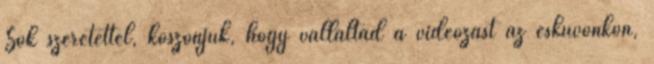
Sok szeretettel, köszönjük, hogy vállaltad a videózást az esküvőnkön,